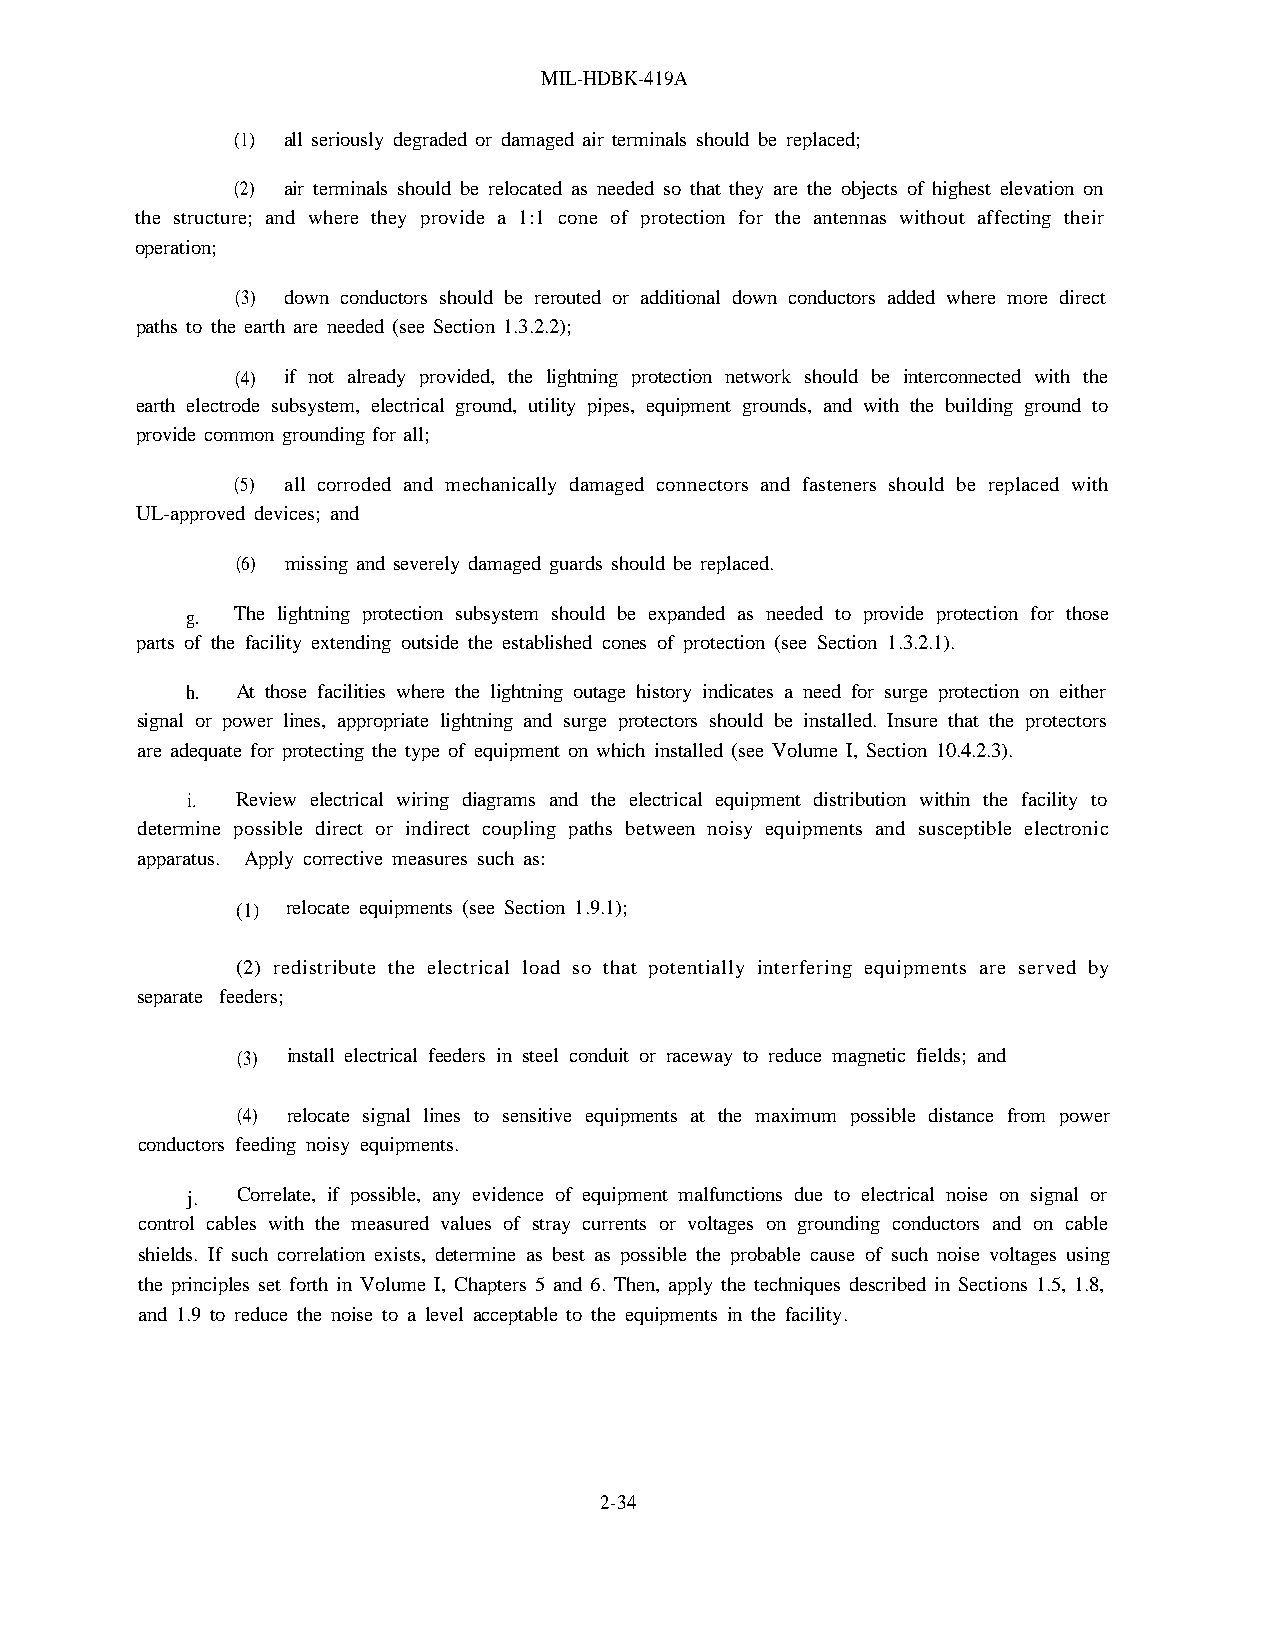
MIL-HDBK-419A
 (1) all seriously degraded or damaged air terminals should be replaced;
 (2) air terminals should be relocated as needed so that they are the objects of highest elevation on
 the structure; and where they provide a 1:1 cone of protection for the antennas without affecting their
 operation;
 (3) down conductors should be rerouted or additional down conductors added where more direct
 paths to the earth are needed (see Section 1.3.2.2);
 (4) if not already provided, the lightning protection network should be interconnected with the
 earth electrode subsystem, electrical ground, utility pipes, equipment grounds, and with the building ground to
 provide common grounding for all;
 (5) all corroded and mechanically damaged connectors and fasteners should be replaced with
 UL-approved devices; and
 (6) missing and severely damaged guards should be replaced.
 g.  The lightning protection subsystem should be expanded as needed to provide protection for those
 parts of the facility extending outside the established cones of protection (see Section 1.3.2.1).
 h.  At those facilities where the lightning outage history indicates a need for surge protection on either
 signal or power lines, appropriate lightning and surge protectors should be installed. Insure that the protectors
 are adequate for protecting the type of equipment on which installed (see Volume I, Section 10.4.2.3).
 i.  Review electrical wiring diagrams and the electrical equipment distribution within the facility to
 determine possible direct or indirect coupling paths between noisy equipments and susceptible electronic
 apparatus. Apply corrective measures such as:
 (1) relocate equipments (see Section 1.9.1);
 (2) redistribute the electrical load so that potentially interfering equipments are served by
 separate feeders;
 (3) install electrical feeders in steel conduit or raceway to reduce magnetic fields; and
 (4) relocate signal lines to sensitive equipments at the maximum possible distance from power
 conductors feeding noisy equipments.
 j.  Correlate, if possible, any evidence of equipment malfunctions due to electrical noise on signal or
 control cables with the measured values of stray currents or voltages on grounding conductors and on cable
 shields. If such correlation exists, determine as best as possible the probable cause of such noise voltages using
 the principles set forth in Volume I, Chapters 5 and 6. Then, apply the techniques described in Sections 1.5, 1.8,
 and 1.9 to reduce the noise to a level acceptable to the equipments in the facility.
 2-34